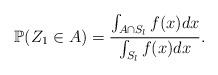
LaTeX: \begin{align*}\mathbb{P}(Z_1 \in A) = \frac{\int_{A \cap S_l} f(x) dx}{\int_{S_l} f(x) dx}.\end{align*}